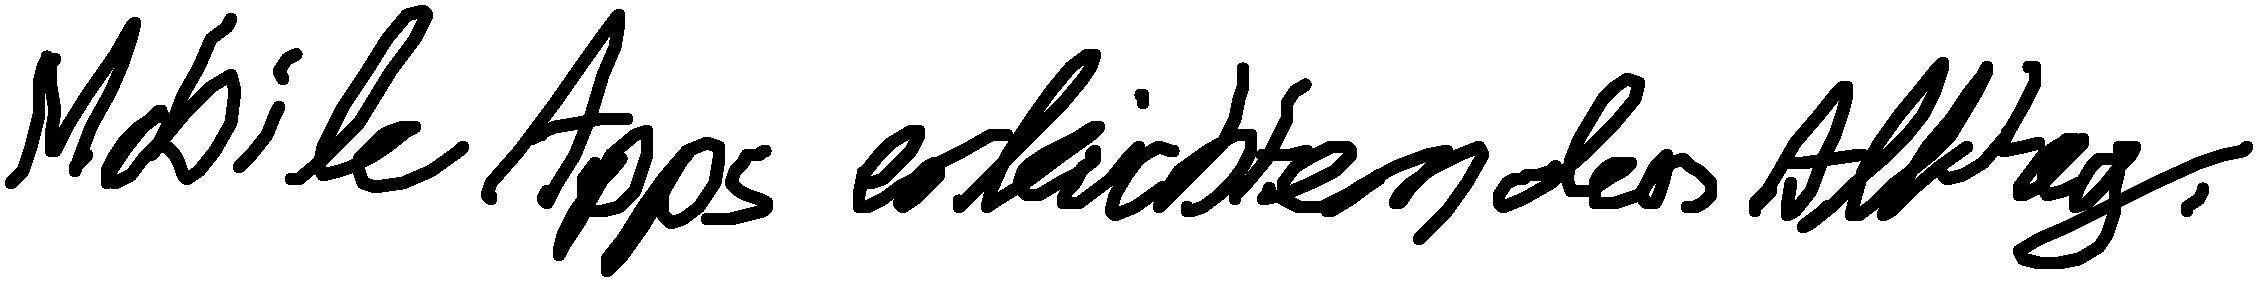
Mobile Apps erleichtern den Alltag.